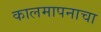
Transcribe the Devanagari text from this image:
कालमापनाचा